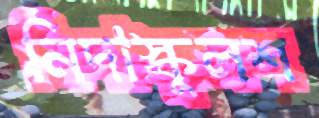
নিদাস্কুলশ